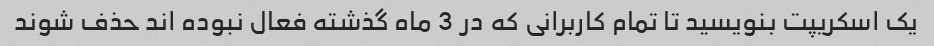
یک اسکریپت بنویسید تا تمام کاربرانی که در 3 ماه گذشته فعال نبوده اند حذف شوند